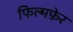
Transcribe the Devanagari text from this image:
फिल्मफ़ेर